Leaving Certificate Examination (including Day School Certificate (Higher) General paper), 1938
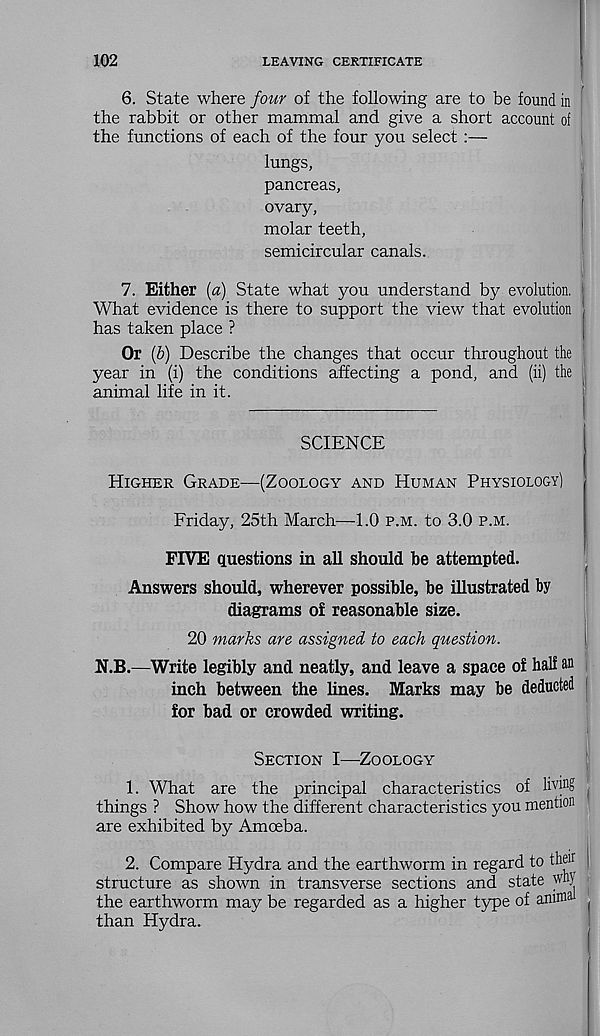
102
LEAVING CERTIFICATE
6. State where four of the following are to be found in
the rabbit or other mammal and give a short account of
the functions of each of the four you select:—
lungs,
pancreas,
ovary,
molar teeth,
semicircular canals.
7. Either [a) State what you understand by evolution.
What evidence is there to support the view that evolution
has taken place ?
Or (6) Describe the changes that occur throughout the
year in (i) the conditions affecting a pond, and (ii) the
animal life in it.
SCIENCE
Higher Grade—(Zoology and Human Physiology)
Friday, 25th March—1.0 p.m. to 3.0 p.m.
FIVE questions in all should he attempted.
Answers should, wherever possible, be illustrated by
diagrams of reasonable size.
20 marks are assigned to each question.
N.B.—Write legibly and neatly, and leave a space of half an
inch between the lines. Marks may be deducted
for bad or crowded writing.
Section I—Zoology
1. What are the principal characteristics of li v ) n S
things ? Show how the different characteristics you mention
are exhibited by Amoeba.
2. Compare Hydra and the earthworm in regard to their
structure as shown in transverse sections and state why
the earthworm may be regarded as a higher type of animal
than Hydra.